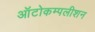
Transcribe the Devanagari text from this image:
ऑटोकम्पलीशन